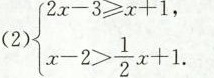
(2) $$\left\{ \begin{matrix} 2x-3 \geq x+1, \\ x-2> \frac{1}{2}x+1. \\ \end{matrix} \right.$$